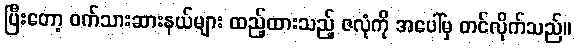
ပြီးတော့ ဝက်သားဆားနယ်များ ထည့်ထားသည့် ဇလုံကို အပေါ်မှ တင်လိုက်သည်။